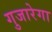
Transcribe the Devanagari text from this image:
गुजारेगा